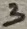
Text: 3